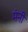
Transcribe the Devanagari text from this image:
मंनी